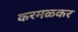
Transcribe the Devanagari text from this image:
करमळकर